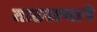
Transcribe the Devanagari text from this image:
ताठरल्याने